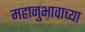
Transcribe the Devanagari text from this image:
महानुभावाच्या